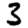
Digit: 3